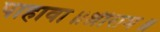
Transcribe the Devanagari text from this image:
पाहावा॥श्रीराम॥